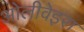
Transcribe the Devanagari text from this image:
ओलीवेइरा